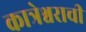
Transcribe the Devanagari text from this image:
कात्रेश्वराची